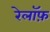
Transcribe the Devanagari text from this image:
रेलॉफ़